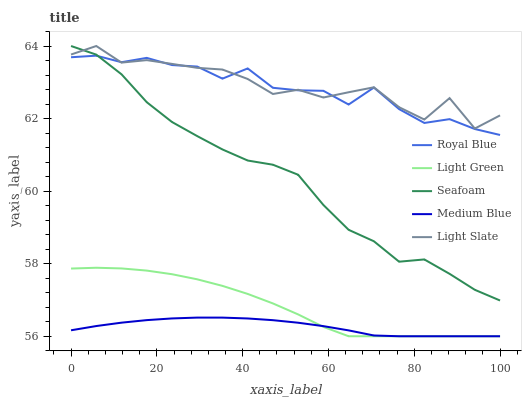
| xaxis_label | Royal Blue | Light Green | Seafoam | Medium Blue | Light Slate |
 | --- | --- | --- | --- | --- | --- |
 | 0 | 63.7 | 57.9 | 64 | 56.2 | 63.8 |
 | 5.88 | 63.7 | 57.9 | 63.8 | 56.3 | 64 |
 | 11.8 | 63.6 | 57.9 | 63.2 | 56.4 | 63.5 |
 | 17.6 | 63.7 | 57.8 | 62.5 | 56.4 | 63.6 |
 | 23.5 | 63.5 | 57.7 | 61.9 | 56.5 | 63.5 |
 | 29.4 | 63.4 | 57.6 | 61.5 | 56.5 | 63.4 |
 | 35.3 | 63.1 | 57.4 | 61.1 | 56.5 | 63.4 |
 | 41.2 | 63.4 | 57.2 | 60.8 | 56.5 | 63.1 |
 | 47.1 | 62.8 | 56.9 | 60.7 | 56.4 | 62.7 |
 | 52.9 | 62.8 | 56.6 | 60.5 | 56.4 | 62.8 |
 | 58.8 | 62.8 | 56.3 | 59.6 | 56.3 | 62.6 |
 | 64.7 | 62.4 | 56 | 58.9 | 56.2 | 62.7 |
 | 70.6 | 62.9 | 56 | 58.6 | 56 | 62.9 |
 | 76.5 | 62.3 | 56 | 58.1 | 56 | 62.3 |
 | 82.4 | 61.9 | 56 | 58.1 | 56 | 62 |
 | 88.2 | 62 | 56 | 57.7 | 56 | 62.6 |
 | 94.1 | 61.7 | 56 | 57.3 | 56 | 61.7 |
 | 100 | 61.5 | 56 | 57 | 56 | 62.1 |